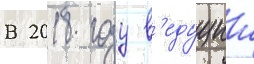
В 2018 году в'едущии